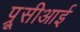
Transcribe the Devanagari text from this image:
प्रूसीआई